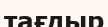
тағдыр